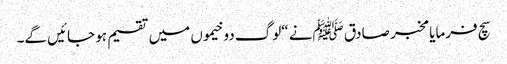
سچ فرمایا مخبر صادق ﷺنے “لوگ دو خیموں میں تقسیم ہو جائیں گے۔